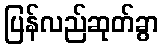
ပြန်လည်ဆုတ်ခွာ